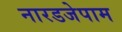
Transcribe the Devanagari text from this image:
नारडजेपाम